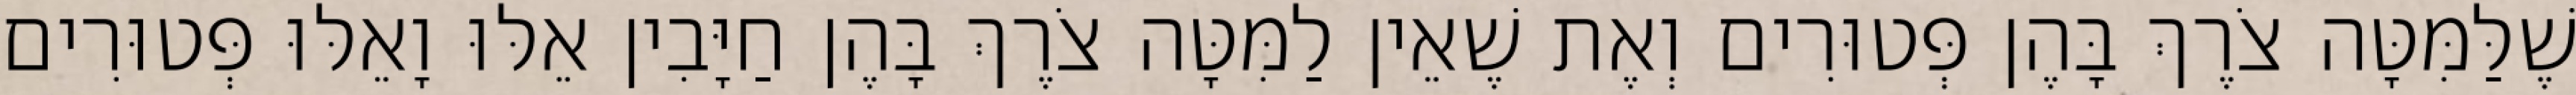
שֶׁלַּמִּטָּה צֹרֶךְ בָּהֶן פְּטוּרִים וְאֶת שֶׁאֵין לַמִּטָּה צֹרֶךְ בָּהֶן חַיָּבִין אֵלּוּ וָאֵלּוּ פְּטוּרִים